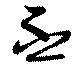
丕